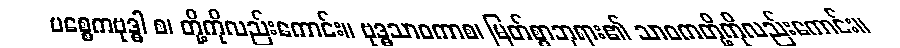
ပစ္စေကဗုဒ္ဓါ စ၊ တို့ကိုလည်းကောင်း။ ဗုဒ္ဓသာဝကာစ၊ မြတ်စွာဘုရား၏ သာဝကတို့ကိုလည်းကောင်း။